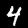
Digit: 4